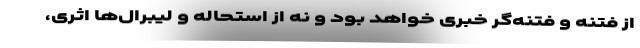
از فتنه و فتنه‌گر خبری خواهد بود و نه از استحاله و لیبرال‌ها اثری،